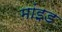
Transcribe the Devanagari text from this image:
मांइड